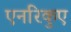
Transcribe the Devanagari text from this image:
एनरिकुए